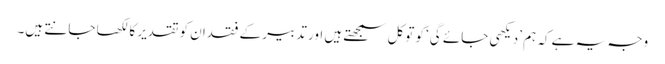
وجہ یہ ہے کہ ہم ’دیکھی جائے گی‘ کو توکل سمجھتے ہیں اور تدبیر کے فقدان کو تقدیر کا لکھا جانتے ہیں۔